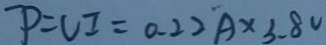
P = V I = 0 . 2 2 A \times 3 . 8 v